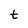
Character: t